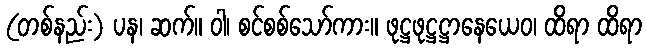
(တစ်နည်း) ပန၊ ဆက်။ ဝါ၊ စင်စစ်သော်ကား။ ဖုဋ္ဌဖုဋ္ဌဋ္ဌာနေယေဝ၊ ထိရာ ထိရာ